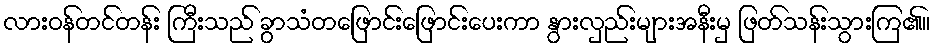
လားဝန်တင်တန်း ကြီးသည် ခွာသံတဖြောင်းဖြောင်းပေးကာ နွားလှည်းများအနီးမှ ဖြတ်သန်းသွားကြ၏။